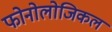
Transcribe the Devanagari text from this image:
फोनोलोजिकल